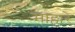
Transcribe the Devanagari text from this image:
माहारे